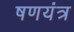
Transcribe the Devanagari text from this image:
षणयंत्र